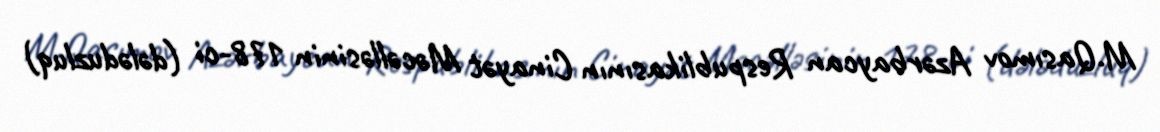
M.Qasımov Azərbaycan Respublikasının Cinayət Məcəlləsinin 178-ci (dələduzluq)